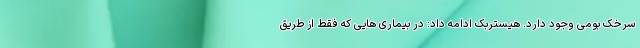
سرخک بومی وجود دارد. هیستربک ادامه داد: در بیماری هایی که فقط از طریق